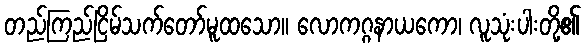
တည်ကြည်ငြိမ်သက်တော်မူထသော။ လောကဂ္ဂနာယကော၊ လူသုံးပါးတို့၏